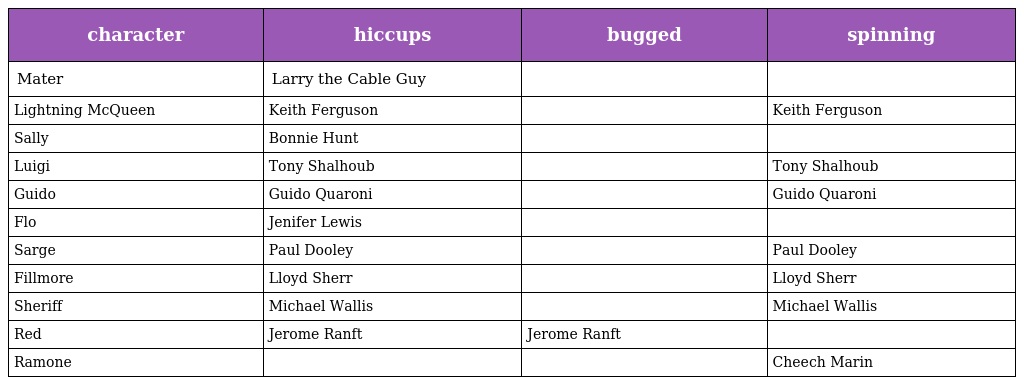
| character | hiccups | bugged | spinning |
 | --- | --- | --- | --- |
 | Mater | Larry the Cable Guy |  |  |
 | Lightning McQueen | Keith Ferguson |  | Keith Ferguson |
 | Sally | Bonnie Hunt |  |  |
 | Luigi | Tony Shalhoub |  | Tony Shalhoub |
 | Guido | Guido Quaroni |  | Guido Quaroni |
 | Flo | Jenifer Lewis |  |  |
 | Sarge | Paul Dooley |  | Paul Dooley |
 | Fillmore | Lloyd Sherr |  | Lloyd Sherr |
 | Sheriff | Michael Wallis |  | Michael Wallis |
 | Red | Jerome Ranft | Jerome Ranft |  |
 | Ramone |  |  | Cheech Marin |